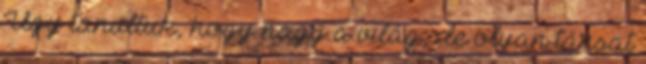
Úgy tanultuk, hogy nagy a világ, de olyan társat